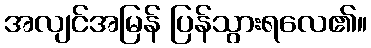
အလျင်အမြန် ပြန်သွားရလေ၏။